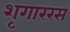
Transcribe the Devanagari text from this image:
शृगाररस